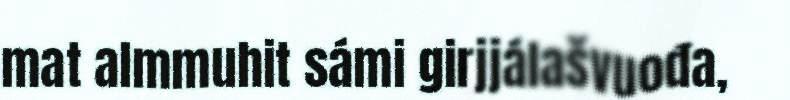
mat almmuhit sámi girjjálašvuođa,